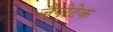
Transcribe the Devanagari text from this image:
ज़ैपोटेक